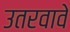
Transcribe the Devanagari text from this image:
उतरवावे